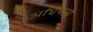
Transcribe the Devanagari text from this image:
अघिपत्य